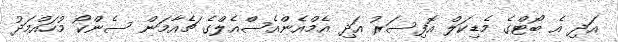
އަދި އެ ބޯޓްގެ މެޑިކަލް އޮފިސަރު އަދި އެމްއެންއެސްއެލްގެ ޗެއާމަން ސެންކޯ މުހައްމަދު